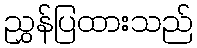
ညွှန်ပြထားသည်